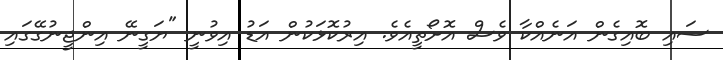
ސައި ބޮއިގެން އަނެއްކާ ވެސް އޮށޯތީއެވެ. އިރުކޮޅަކުން އަޑު އިވުނީ "ޔަގީނޭ އިންޖީނުގޭގައި